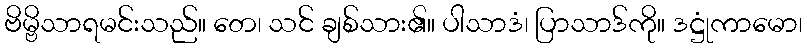
ဗိမ္ဗိသာရမင်းသည်။ တေ၊ သင် ချစ်သား၏။ ပါသာဒံ၊ ပြာသာဒ်ကို။ ဒဋ္ဌုံကာမော၊